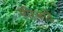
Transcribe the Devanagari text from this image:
मीरजादे